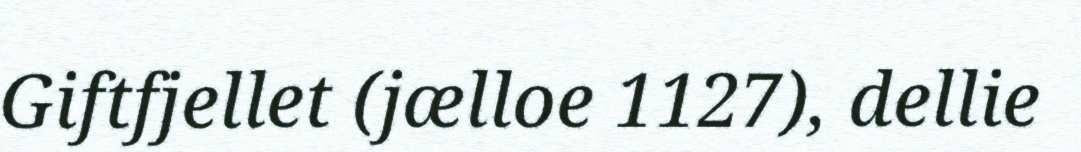
Giftfjellet (jælloe 1127), dellie